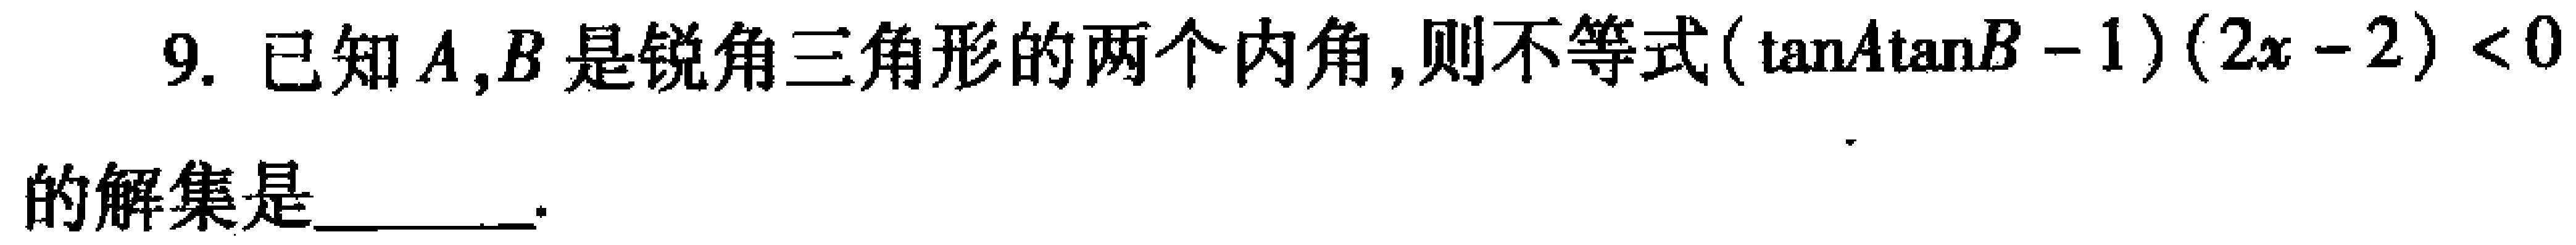
9. 已知\(A,B\)是锐角三角形的两个内角,则不等式\((\tan A\tan B - 1)(2x - 2)<0\)的解集是________.